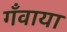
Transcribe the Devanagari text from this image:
गँवाया